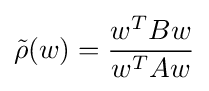
{\tilde {\rho }}(w)={\frac {w^{T}Bw}{w^{T}Aw}}